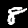
Digit: 8